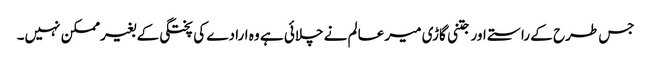
جس طرح کے راستے اور جتنی گاڑی میر عالم نے چلائی ہے وہ ارادے کی پختگی کے بغیرممکن نہیں۔